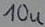
Text: 10u